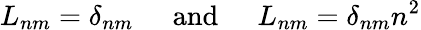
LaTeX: L_{nm}=\delta_{nm}\; \; \; \; \; \mathrm{and}\; \; \; \; \; L_{nm}=\delta_{nm}n^{2}